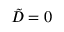
\tilde { D } = 0